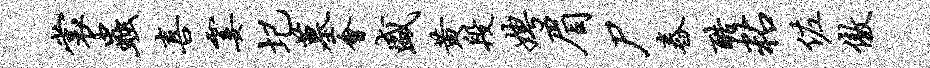
裳虫喜霎圮墓会盛黄段娉眉尸舂酷粘佐傲